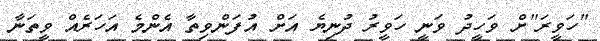
"ހަވީރަ"ށް ވަހީދު ވަނީ ހަވީރު ދުނިޔެ އަށް އުފަންވިތާ އެންމެ އަހަރެއް ވީތަނާ